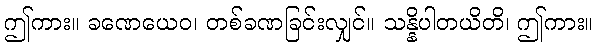
ဤကား။ ခဏေယေဝ၊ တစ်ခဏခြင်းလျှင်။ သန္နိပါတယိတိ၊ ဤကား။